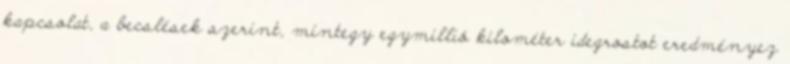
kapcsolat, a becslések szerint, mintegy egymillió kilométer idegrostot eredményez